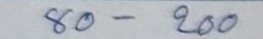
80 - 200